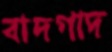
বাদগাদ